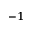
^ { - 1 }